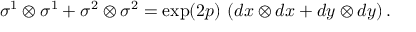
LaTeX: \sigma ^ { 1 } \otimes \sigma ^ { 1 } + \sigma ^ { 2 } \otimes \sigma ^ { 2 } = \exp ( 2 p ) \, \left( d x \otimes d x + d y \otimes d y \right) .